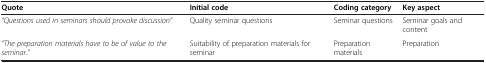
<table><thead><tr><td><b>Quote</b></td><td><b>Initial code</b></td><td><b>Coding category</b></td><td><b>Key aspect</b></td></tr></thead><tbody><tr><td><i>“Questions used in seminars should provoke discussion”</i></td><td>Quality seminar questions</td><td>Seminar questions</td><td>Seminar goals and content</td></tr><tr><td><i>“The preparation materials have to be of value to the seminar.”</i></td><td>Suitability of preparation materials for seminar</td><td>Preparation materials</td><td>Preparation</td></tr></tbody></table>